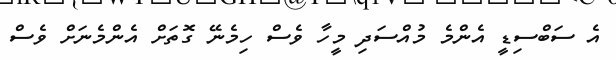
އެ ސަބްސިޑީ އެންމެ މުއްސަދި މީހާ ވެސް ހިމެނޭ ގޮތަށް އެންމެނަށް ވެސް